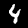
Label: 4